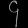
Digit: ၄